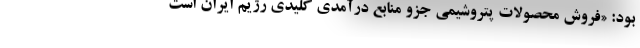
بود: «فروش محصولات پتروشیمی جزو منابع درآمدی کلیدی رژیم ایران است